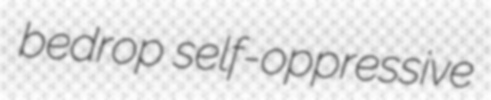
bedrop self-oppressive